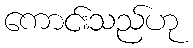
ကောင်းသည်ဟု